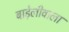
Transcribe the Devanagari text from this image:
बाड़ेलीवाला